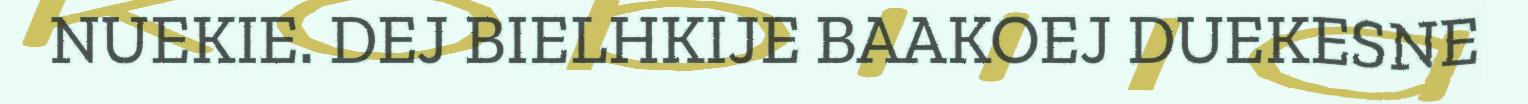
NUEKIE. DEJ BIELHKIJE BAAKOEJ DUEKESNE